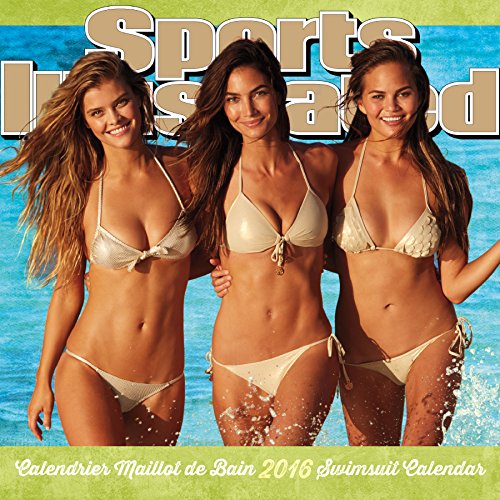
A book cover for Sports Illustrated Swimsuit 2016 Calendar / Calendrier Maillot de Bain 2016; Calendars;